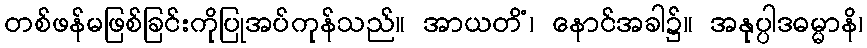
တစ်ဖန်မဖြစ်ခြင်းကိုပြုအပ်ကုန်သည်။ အာယတိံ၊ နောင်အခါ၌။ အနုပ္ပါဒဓမ္မာနိ၊